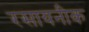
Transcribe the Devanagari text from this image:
रसायनीक